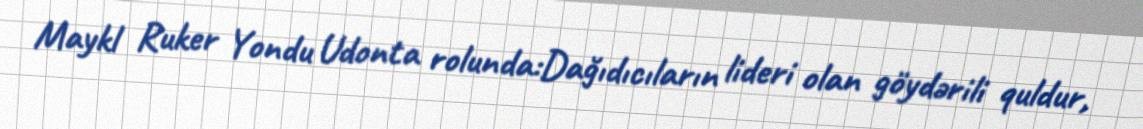
Maykl Ruker Yondu Udonta rolunda:Dağıdıcıların lideri olan göydərili quldur,